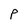
Character: P